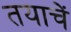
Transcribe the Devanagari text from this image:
तयाचें